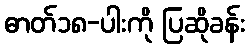
ဓာတ်၁၈-ပါးကို ပြဆိုခန်း